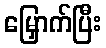
မြှောက်ပြီး